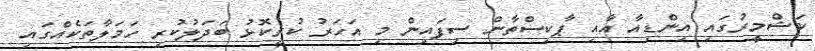
ކަޝްމީރުގައި އިންޑިއާ އާއި ޕާކިސްތާން ސިފައިން މި އަހަރު ކުރީކޮޅު ބަދަލުކުރި ހަމަލާތަކެއްގައި